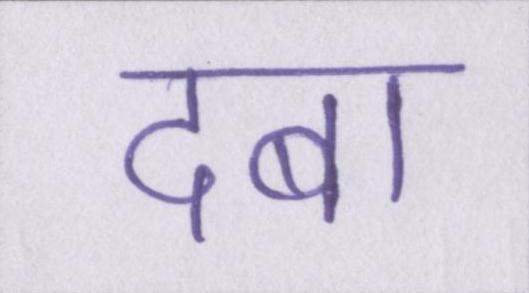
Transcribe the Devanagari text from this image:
दबा